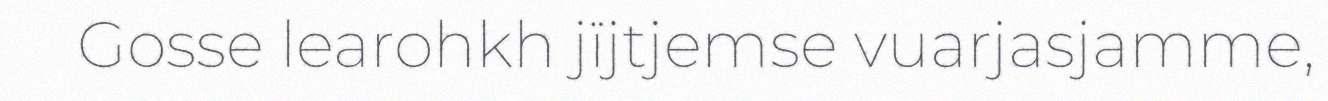
Gosse learohkh jïjtjemse vuarjasjamme,